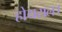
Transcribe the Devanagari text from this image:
होयसल।